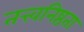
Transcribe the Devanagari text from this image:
तत्त्वनिष्ठता